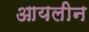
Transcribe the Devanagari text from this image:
आयलीन